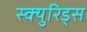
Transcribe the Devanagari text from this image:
स्क्युरिड्स